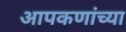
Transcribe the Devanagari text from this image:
आपकणांच्या